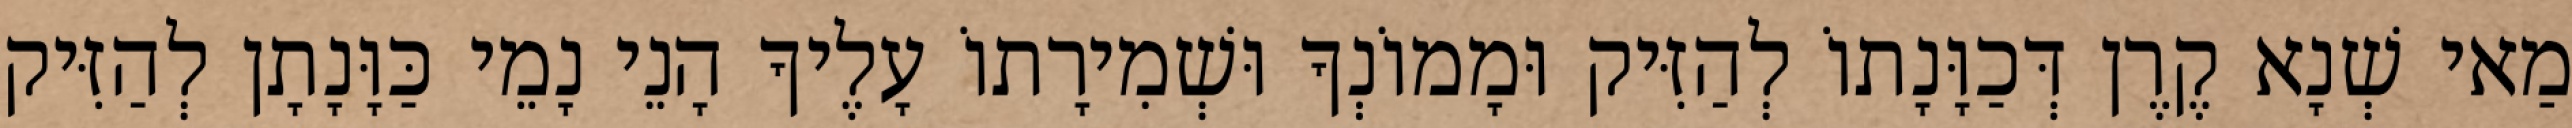
מַאי שְׁנָא קֶרֶן דְּכַוָּנָתוֹ לְהַזִּיק וּמָמוֹנְךָ וּשְׁמִירָתוֹ עָלֶיךָ הָנֵי נָמֵי כַּוָּנָתָן לְהַזִּיק